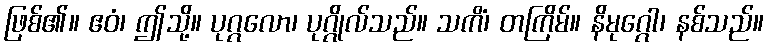
ဖြစ်၏။ ဧဝံ၊ ဤသို့။ ပုဂ္ဂလော၊ ပုဂ္ဂိုလ်သည်။ သကိံ၊ တကြိမ်။ နိမုဂ္ဂေါ၊ နစ်သည်။